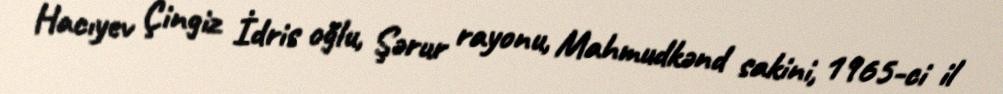
Hacıyev Çingiz İdris oğlu, Şərur rayonu, Mahmudkənd sakini, 1965-ci il